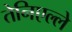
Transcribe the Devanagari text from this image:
तेनिएल्ले